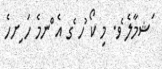
ަޝމާލެ ެވ. މި ކޯ ުހ ެގ އެ ްނމެ ހަ ިށހެ